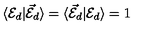
\langle { \cal E } _ { d } | { \cal \vec { E } } _ { d } \rangle = \langle { \cal \vec { E } } _ { d } | { \cal E } _ { d } \rangle = 1